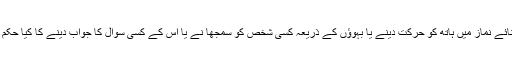
نیز اثنائے نماز میں ہاتھ کو حرکت دینے یا بہوؤں کے ذریعہ کسی شخص کو سمجھا نے یا اس کے کسی سوال کا جواب دینے کا کیا حکم ہے ؟